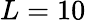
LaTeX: L=10